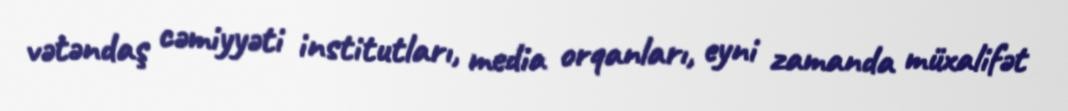
vətəndaş cəmiyyəti institutları, media orqanları, eyni zamanda müxalifət